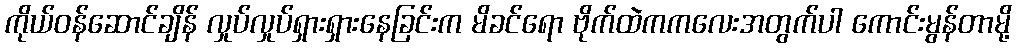
ကိုယ်ဝန်ဆောင်ချိန် လှုပ်လှုပ်ရှားရှားနေခြင်းက မိခင်ရော ဗိုက်ထဲကကလေးအတွက်ပါ ကောင်းမွန်တာမို့